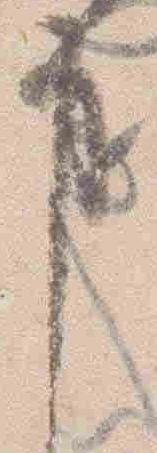
事